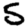
Digit: 5